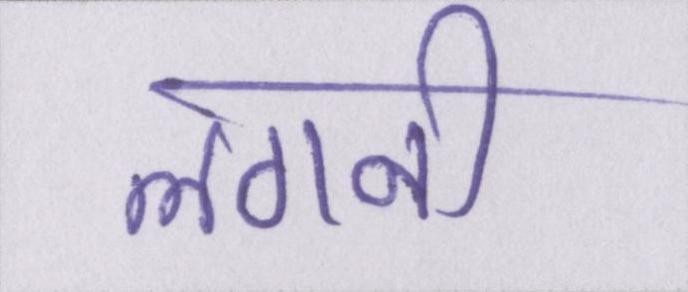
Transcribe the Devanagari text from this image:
लगनी